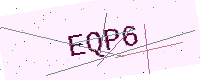
Text: EQP6